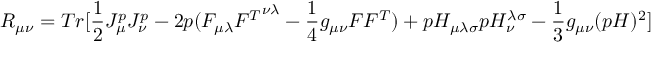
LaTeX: R _ { \mu \nu } = T r [ \frac { 1 } { 2 } J _ { \mu } ^ { p } J _ { \nu } ^ { p } - 2 p ( F _ { \mu \lambda } { F ^ { T } } ^ { \nu \lambda } - \frac { 1 } { 4 } g _ { \mu \nu } F F ^ { T } ) + p H _ { \mu \lambda \sigma } p H _ { \nu } ^ { \lambda \sigma } - \frac { 1 } { 3 } g _ { \mu \nu } ( p H ) ^ { 2 } ]